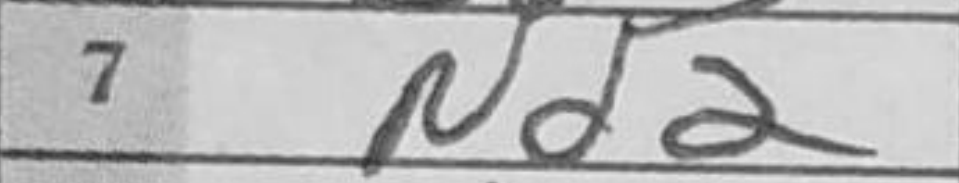
Transcription: Nd2